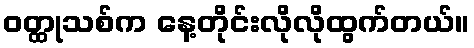
ဝတ္ထုသစ်က နေ့တိုင်းလိုလိုထွက်တယ်။